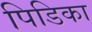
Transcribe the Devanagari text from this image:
पिडिका